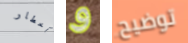
أخطار و توضيح